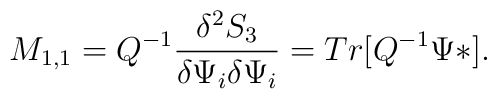
M_{1,1} =Q^{-1}\frac{\delta^2 S_3}{\delta\Psi_i \delta\Psi_i} =Tr[Q^{-1}\Psi*].